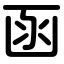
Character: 函